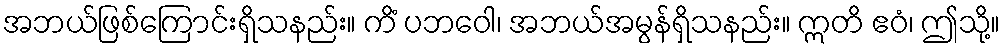
အဘယ်ဖြစ်ကြောင်းရှိသနည်း။ ကိံ ပဘဝေါ၊ အဘယ်အမွန်ရှိသနည်း။ ဣတိ ဧဝံ၊ ဤသို့။